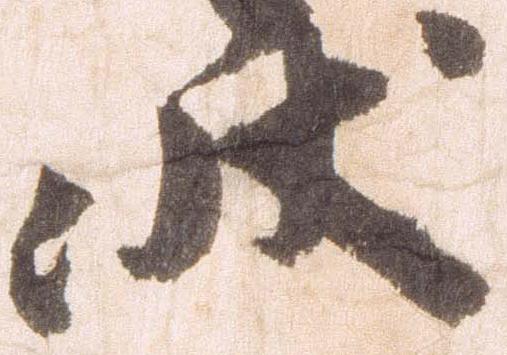
状